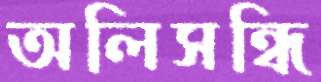
অলিসন্ধি